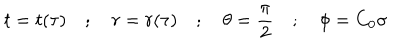
LaTeX: t = t ( \tau ) \quad ; \quad r = r ( \tau ) \quad ; \quad \theta = \frac { \pi } { 2 } \quad ; \quad \phi = C _ { 0 } \sigma